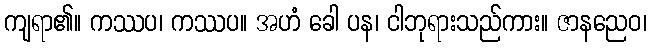
ကျရာ၏။ ကဿပ၊ ကဿပ။ အဟံ ခေါ ပန၊ ငါဘုရားသည်ကား။ ဇာနညေဝ၊